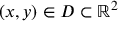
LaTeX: ( x , y ) \in D \subset \mathbb { R } ^ { 2 }